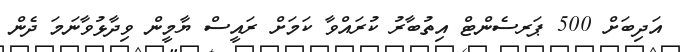
އަދިބަށް 500 ޕަރސެންޓް އިތުބާރު ކުރައްވާ ކަމަށް ރައީސް ޔާމީން ވިދާޅުވާނަމަ ދެން